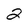
Character: 2